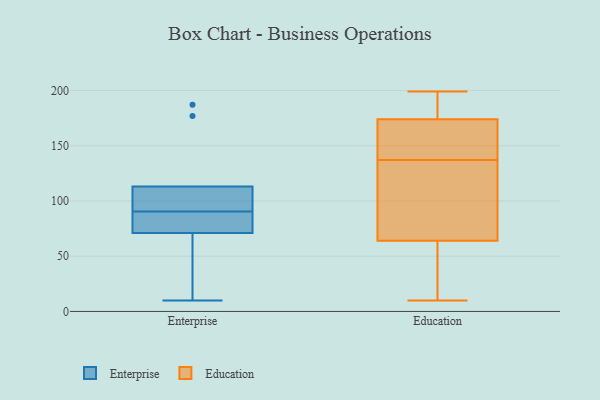
{"axis": {"x": "Market Share (%)", "y": "Value"}, "legend": ["Education", "Enterprise"], "data": [{"x": "", "y": 94, "type": "Enterprise"}, {"x": "", "y": 177, "type": "Enterprise"}, {"x": "", "y": 80, "type": "Enterprise"}, {"x": "", "y": 71, "type": "Enterprise"}, {"x": "", "y": 98, "type": "Enterprise"}, {"x": "", "y": 10, "type": "Enterprise"}, {"x": "", "y": 87, "type": "Enterprise"}, {"x": "", "y": 187, "type": "Enterprise"}, {"x": "", "y": 41, "type": "Enterprise"}, {"x": "", "y": 113, "type": "Enterprise"}, {"x": "", "y": 195, "type": "Education"}, {"x": "", "y": 130, "type": "Education"}, {"x": "", "y": 38, "type": "Education"}, {"x": "", "y": 174, "type": "Education"}, {"x": "", "y": 144, "type": "Education"}, {"x": "", "y": 67, "type": "Education"}, {"x": "", "y": 177, "type": "Education"}, {"x": "", "y": 154, "type": "Education"}, {"x": "", "y": 199, "type": "Education"}, {"x": "", "y": 64, "type": "Education"}, {"x": "", "y": 17, "type": "Education"}, {"x": "", "y": 79, "type": "Education"}, {"x": "", "y": 10, "type": "Education"}, {"x": "", "y": 168, "type": "Education"}]}